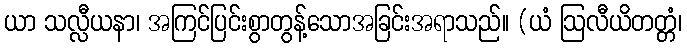
ယာ သလ္လီယနာ၊ အကြင်ပြင်းစွာတွန့်သောအခြင်းအရာသည်။ (ယံ ဩလီယိတတ္တံ၊